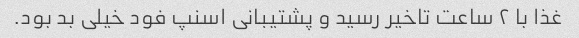
غذا با ۲ ساعت تاخیر رسید و پشتیبانی اسنپ فود خیلی بد بود.